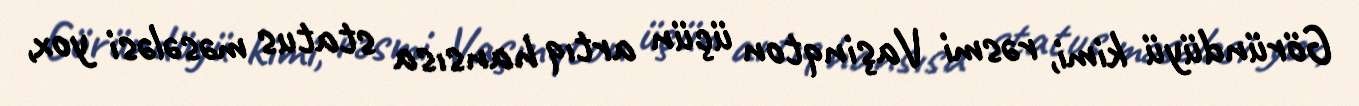
Göründüyü kimi, rəsmi Vaşinqton üçün artıq hansısa status məsələsi yox,